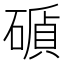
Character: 𥕫